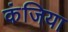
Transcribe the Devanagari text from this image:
कंजिया